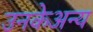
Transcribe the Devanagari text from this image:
उनकेअन्य